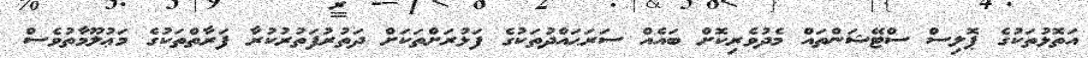
އަތޮޅުތަކުގެ ޕޮލިސް ސްޓޭޝަންތައް މެދުވެރިކޮށް ބައެއް ސަރަޙައްދުތަކުގެ ފަޅުރަށްތަކަށް ދަތުރުފަތުރުކުރާ ފަރާތްތަކުގެ މަޢުލޫމާތުވެސް